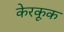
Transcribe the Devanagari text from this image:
केरकूक